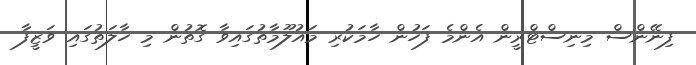
ފިނޭންސް މިނިސްޓްރީން އެންމެ ފަހުން ހާމަކުރި މައުލޫމާތުގައިވާ ގޮތުން މި ހާލަތުގައި ވަޒީފާ